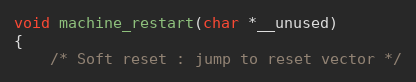
Language: C
void machine_restart(char *__unused)
{
	/* Soft reset : jump to reset vector */